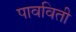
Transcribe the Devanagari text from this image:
पावविती